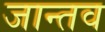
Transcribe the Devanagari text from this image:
जान्तव